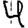
Digit: 4